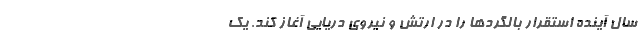
سال آینده استقرار بالگردها را در ارتش و نیروی دریایی آغاز کند. یک